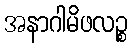
အနာဂါမိဖလဉ္စ